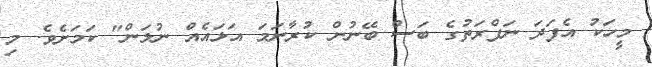
މީހަކު އެފަދަ ނަފްރަތުގެ ބަސް ބޭނުން ކުރާނަމަ އަޅައެއް ނުލަން" ކަމަށެވެ. މި